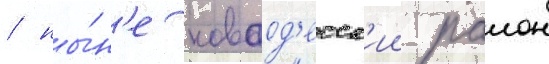
/ ны́н'е новоод'есск'ии раион